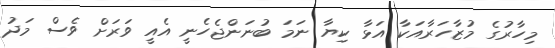
މިހާރުގެ މުޒާހަރާއަކާ އަޅާ ކިޔާ ނަމަ ބުނަންޖެހެނީ އެއީ ވަރަށް ވެސް މަދު